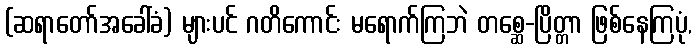
(ဆရာတော်အခေါ်ခံ) များပင် ဂတိကောင်း မရောက်ကြဘဲ တစ္ဆေ-ပြိတ္တာ ဖြစ်နေကြပုံ,